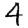
Digit: 4